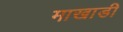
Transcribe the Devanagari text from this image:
माखाडी